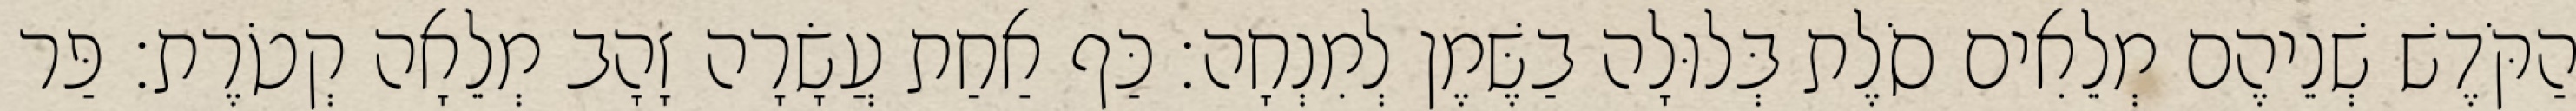
הַקֹּדֶשׁ שְׁנֵיהֶם מְלֵאִים סֹלֶת בְּלוּלָה בַשֶּׁמֶן לְמִנְחָה׃ כַּף אַחַת עֲשָׂרָה זָהָב מְלֵאָה קְטֹרֶת׃ פַּר